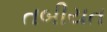
તબીયત